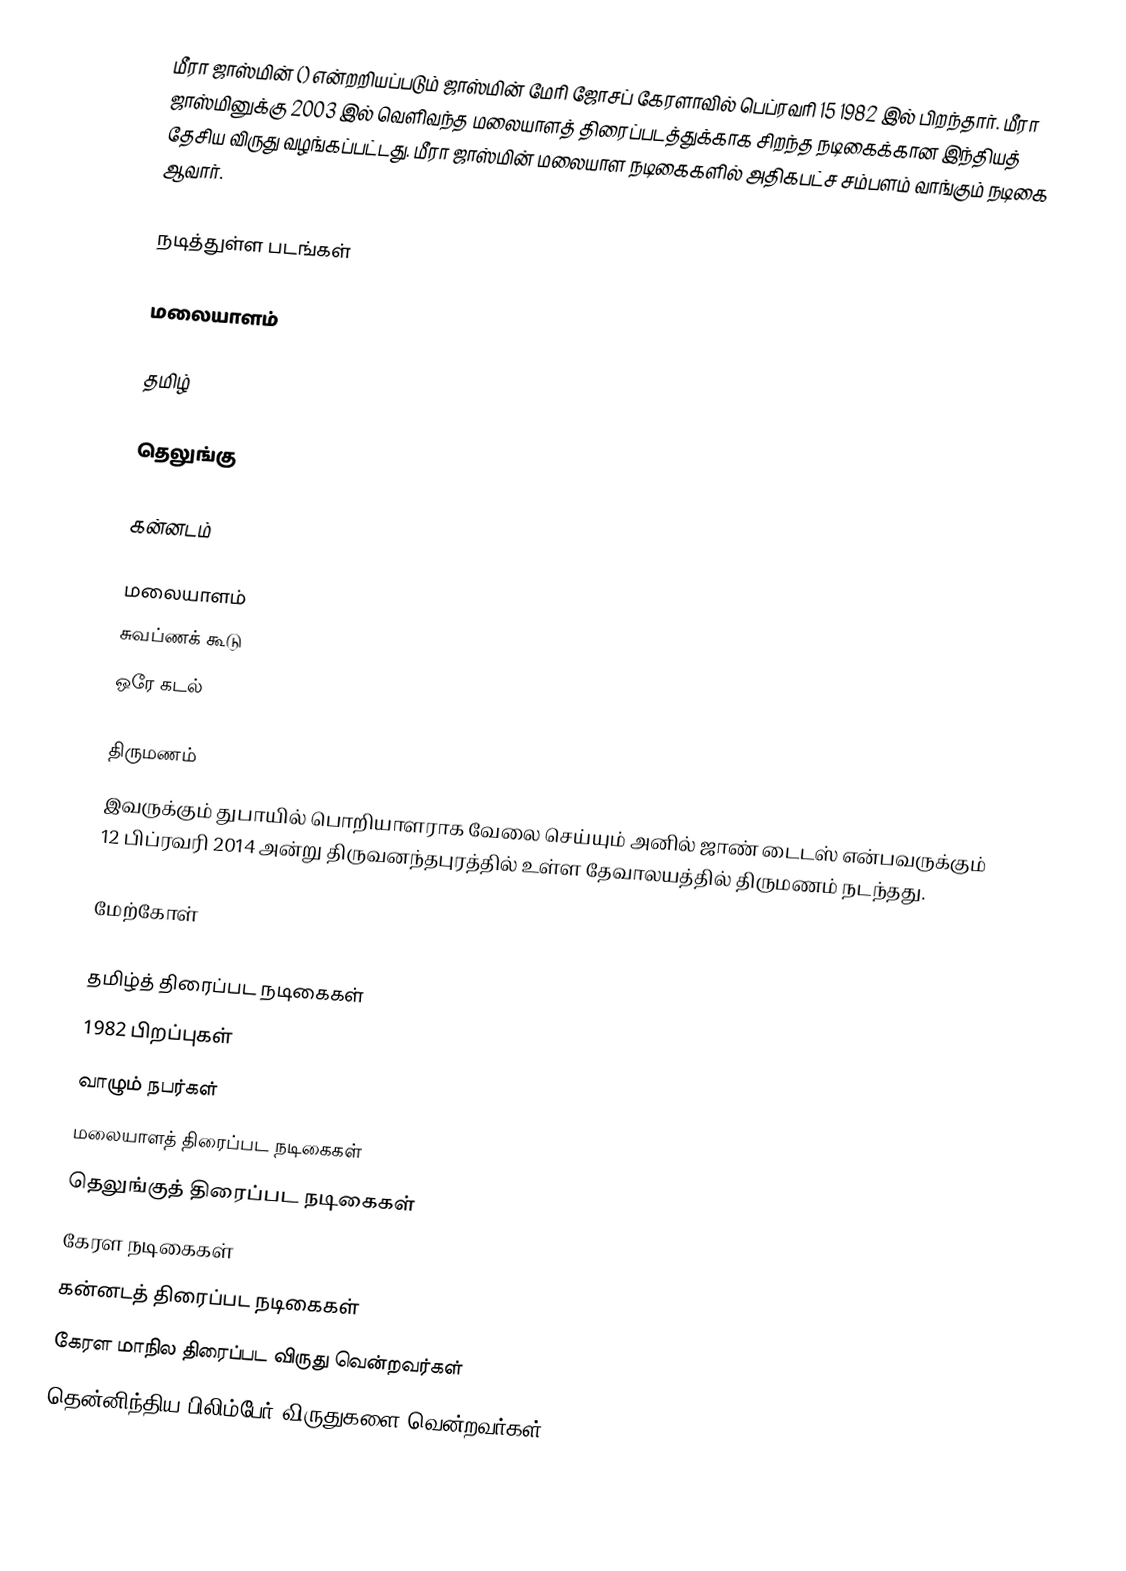
மீரா ஜாஸ்மின் () என்றறியப்படும் ஜாஸ்மின் மேரி ஜோசப் கேரளாவில் பெப்ரவரி 15 1982 இல் பிறந்தார். மீரா ஜாஸ்மினுக்கு 2003 இல் வெளிவந்த மலையாளத் திரைப்படத்துக்காக சிறந்த நடிகைக்கான இந்தியத் தேசிய விருது வழங்கப்பட்டது. மீரா ஜாஸ்மின் மலையாள நடிகைகளில் அதிகபட்ச சம்பளம் வாங்கும் நடிகை ஆவார்.

நடித்துள்ள படங்கள்

மலையாளம்

தமிழ்

தெலுங்கு

கன்னடம்

மலையாளம்
 சுவப்ணக் கூடு
 ஒரே கடல்

திருமணம்
இவருக்கும் துபாயில் பொறியாளராக வேலை செய்யும் அனில் ஜாண் டைடஸ் என்பவருக்கும் 12 பிப்ரவரி 2014 அன்று திருவனந்தபுரத்தில் உள்ள தேவாலயத்தில் திருமணம் நடந்தது.

மேற்கோள்

தமிழ்த் திரைப்பட நடிகைகள்
1982 பிறப்புகள்
வாழும் நபர்கள்
மலையாளத் திரைப்பட நடிகைகள்
தெலுங்குத் திரைப்பட நடிகைகள்
கேரள நடிகைகள்
கன்னடத் திரைப்பட நடிகைகள்
கேரள மாநில திரைப்பட விருது வென்றவர்கள்
தென்னிந்திய பிலிம்பேர் விருதுகளை வென்றவர்கள்